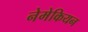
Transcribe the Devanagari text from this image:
नेमेकियन